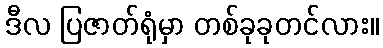
ဒီလ ပြဇာတ်ရုံမှာ တစ်ခုခုတင်လား။